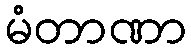
မံတာဏာ